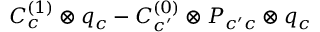
C _ { c } ^ { ( 1 ) } \otimes q _ { c } - C _ { c ^ { \prime } } ^ { ( 0 ) } \otimes P _ { c ^ { \prime } c } \otimes q _ { c }